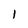
Character: l